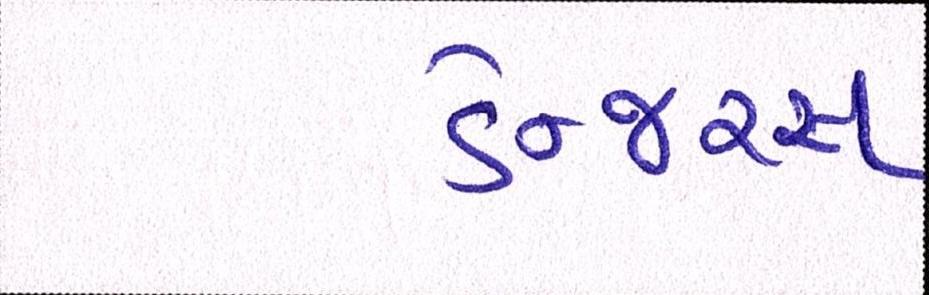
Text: ડેન્જરસ